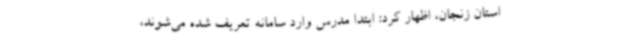
استان زنجان، اظهار کرد: ابتدا مدرس وارد سامانه تعریف شده می‌شوند،